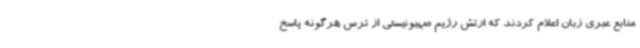
منابع عبری زبان اعلام کردند که ارتش رژیم صهیونیستی از ترس هرگونه پاسخ